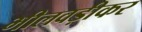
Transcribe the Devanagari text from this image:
भीलवड़ीकर